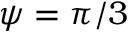
\psi = \pi / 3